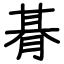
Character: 朞